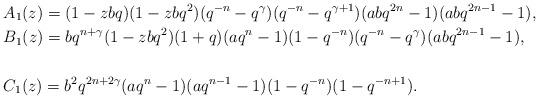
LaTeX: \begin{align*} &A_1(z)=(1-zbq)(1-zbq^2)(q^{-n}-q^\gamma)(q^{-n}-q^{\gamma+1})(abq^{2n}-1)(abq^{2n-1}-1),\\ &B_1(z)=bq^{n+\gamma}(1-zbq^2)(1+q)(aq^n-1)(1-q^{-n})(q^{-n}-q^\gamma)(abq^{2n-1}-1),\\ &\\ &C_1(z)=b^2q^{2n+2\gamma}(aq^n-1)(aq^{n-1}-1)(1-q^{-n})(1-q^{-n+1}). \end{align*}